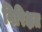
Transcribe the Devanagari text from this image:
गिरिक्षत